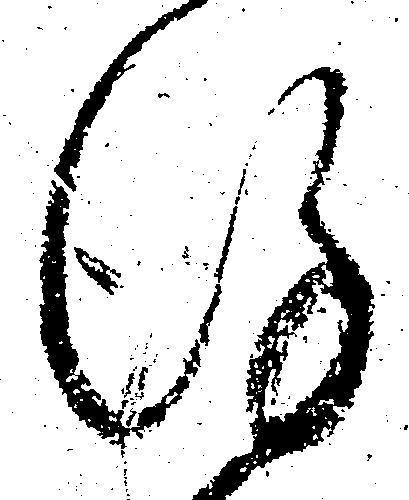
謹